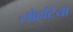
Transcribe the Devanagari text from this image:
लोहटिया